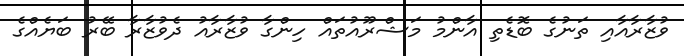
ވުޒާރާއާއި ތަނުގެ ބޮޑެތި އާންމު މަޝްރޫއުތައް ހިންގާ ވުޒާރާއު ދެވުޒާރާ ބޭރު ބަޔެއްގެ